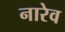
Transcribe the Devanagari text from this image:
नारेव